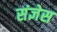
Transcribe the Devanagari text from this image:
संज्ञेस